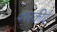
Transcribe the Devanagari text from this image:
कारकीर्द